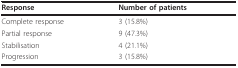
<table><thead><tr><td><b>Response</b></td><td><b>Number of patients</b></td></tr></thead><tbody><tr><td>Complete response</td><td>3 (15.8%)</td></tr><tr><td>Partial response</td><td>9 (47.3%)</td></tr><tr><td>Stabilisation</td><td>4 (21.1%)</td></tr><tr><td>Progression</td><td>3 (15.8%)</td></tr></tbody></table>